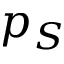
p _ { S }